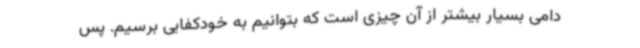
دامی بسیار بیشتر از آن چیزی است که بتوانیم به خودکفایی برسیم. پس